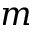
m